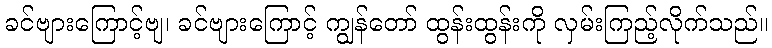
ခင်ဗျားကြောင့်ဗျ၊ ခင်ဗျားကြောင့် ကျွန်တော် ထွန်းထွန်းကို လှမ်းကြည့်လိုက်သည်။